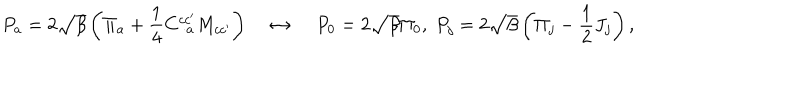
P _ { a } = 2 \sqrt { \beta } \left( \Pi _ { a } + \frac { 1 } { 4 } C _ { \; \cdot a } ^ { c c ^ { \prime } } M _ { c c ^ { \prime } } \right) \; \leftrightarrow \; P _ { 0 } = 2 \sqrt { \beta } \Pi _ { 0 } , \; P _ { j } = 2 \sqrt { \beta } \left( \Pi _ { j } - \frac { 1 } { 2 } J _ { j } \right) ,